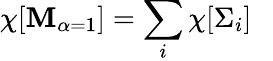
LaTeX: \chi[{\cal\mathbf{M}}_{\alpha=1}]=\sum_{i}\chi[\Sigma_{i}]~~~